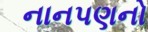
નાનપણનો